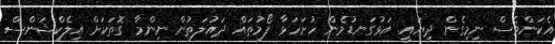
އެކަންވެސް ނިމިގެން ދިޔައީ. އަޅުގަނޑުމެން ހުށަހަޅާ ފޯމުތައް ދައުލަތުން ނިންމާ ގޮތަކަށް އިލެކްޝަންސް